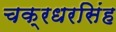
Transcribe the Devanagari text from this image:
चक्रधरसिंह